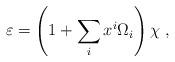
LaTeX: \begin{align*} \varepsilon = \left(1 + \sum_i x^i \Omega_i \right) \chi~,\end{align*}